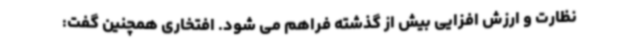
نظارت و ارزش افزایی بیش از گذشته فراهم می شود. افتخاری همچنین گفت: